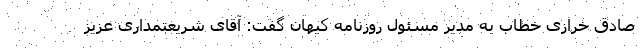
صادق خرازی خطاب به مدیر مسئول روزنامه کیهان گفت: آقای شریعتمداری عزیز